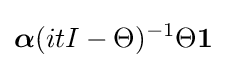
{\boldsymbol {\alpha }}(itI-\Theta )^{-1}\Theta \mathbf {1}